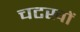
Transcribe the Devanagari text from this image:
चटखों